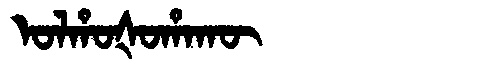
Manchu: ᠣᠯᡥᠣᡧᠣᡥᠠᡴᡡ
Romanization: OLHOŠOHAKŪ